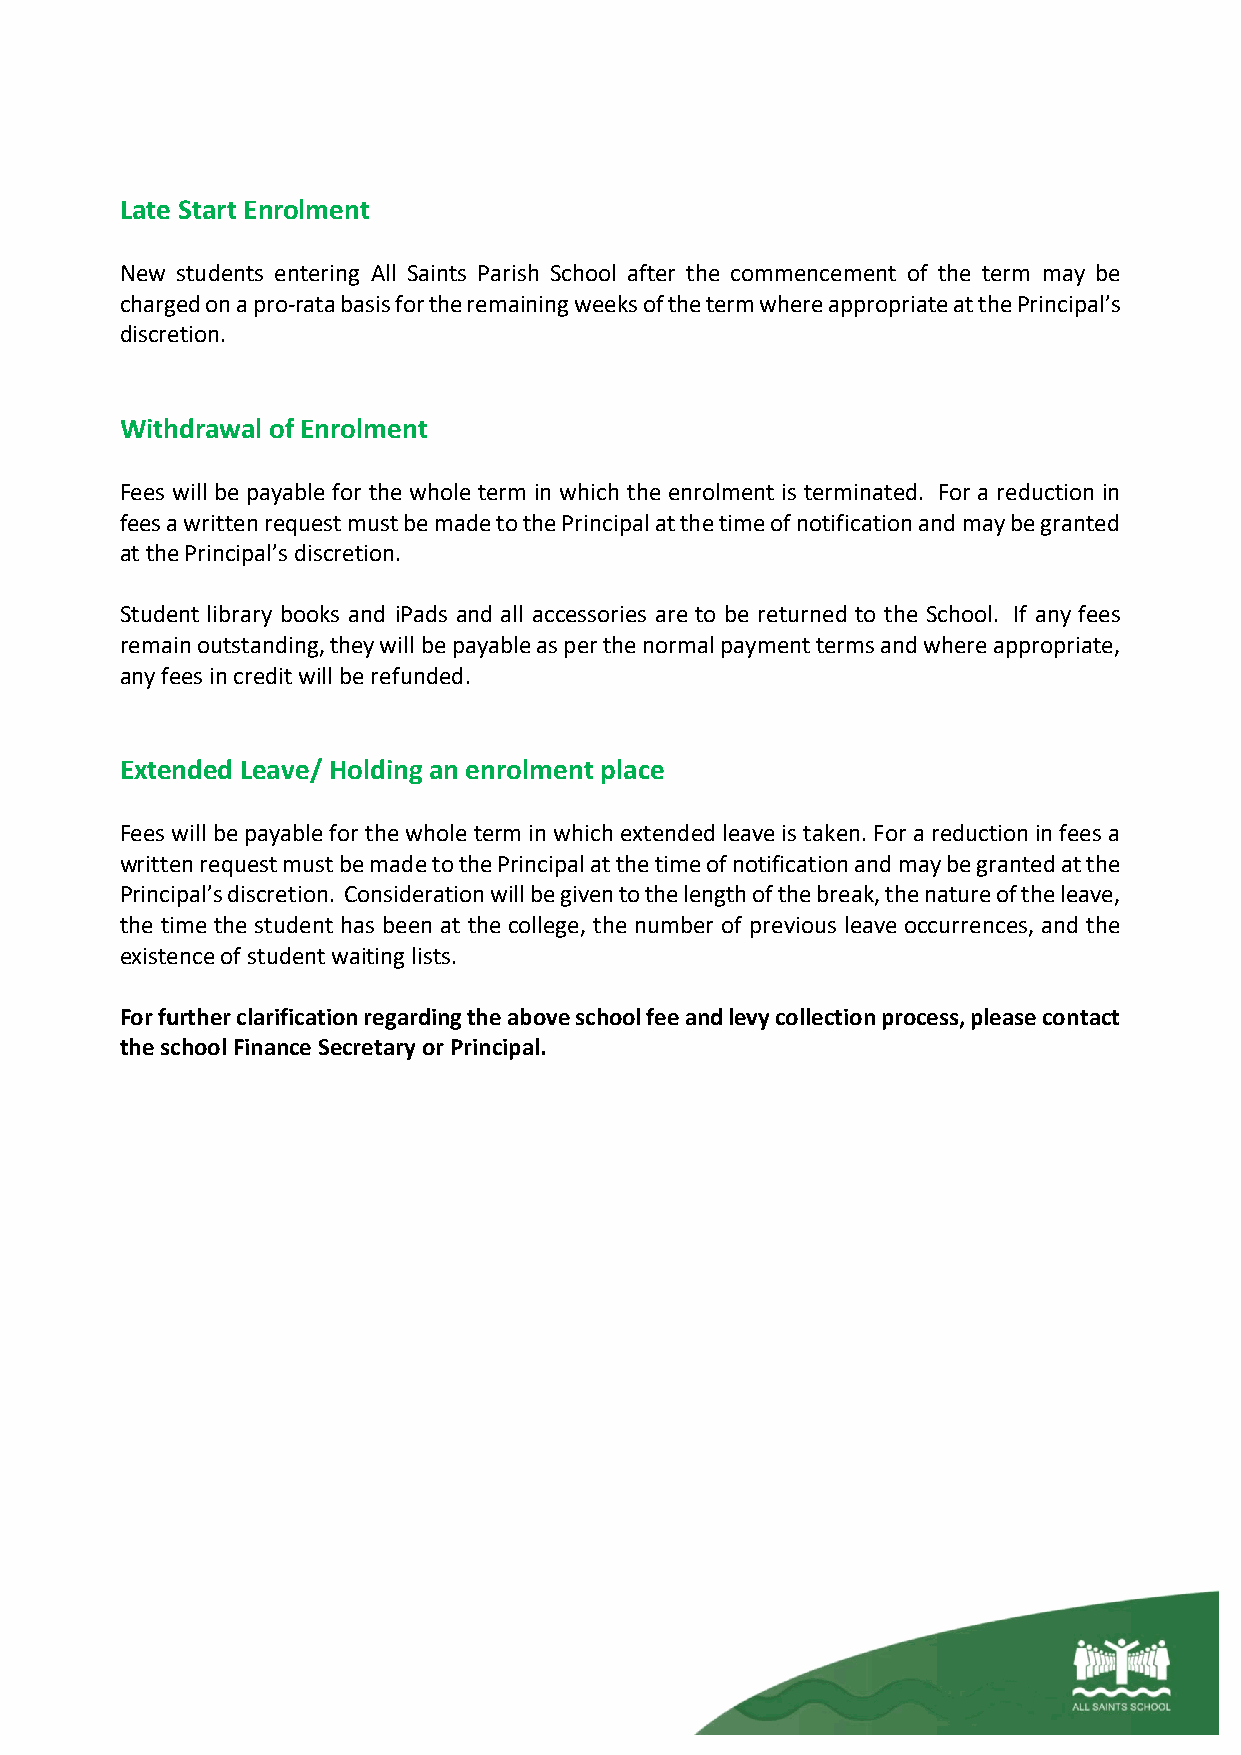
Late Start Enrolment
 New students entering All Saints Parish School after the commencement of the term may be
 charged on a pro-rata basis for the remaining weeks of the term where appropriate at the Principal’s
 discretion.
 Withdrawal of Enrolment
 Fees will be payable for the whole term in which the enrolment is terminated. For a reduction in
 fees a written request must be made to the Principal at the time of notification and may be granted
 at the Principal’s discretion.
 Student library books and iPads and all accessories are to be returned to the School. If any fees
 remain outstanding, they will be payable as per the normal payment terms and where appropriate,
 any fees in credit will be refunded.
 Extended Leave/ Holding an enrolment place
 Fees will be payable for the whole term in which extended leave is taken. For a reduction in fees a
 written request must be made to the Principal at the time of notification and may be granted at the
 Principal’s discretion. Consideration will be given to the length of the break, the nature of the leave,
 the time the student has been at the college, the number of previous leave occurrences, and the
 existence of student waiting lists.
 For further clarification regarding the above school fee and levy collection process, please contact
 the school Finance Secretary or Principal.